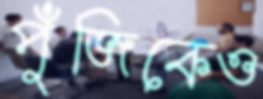
পুঁজিকেও